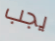
يجب